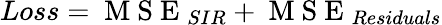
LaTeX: Loss=\mathrm{~M~S~E~}_{SIR}+\mathrm{~M~S~E~}_{Residuals}